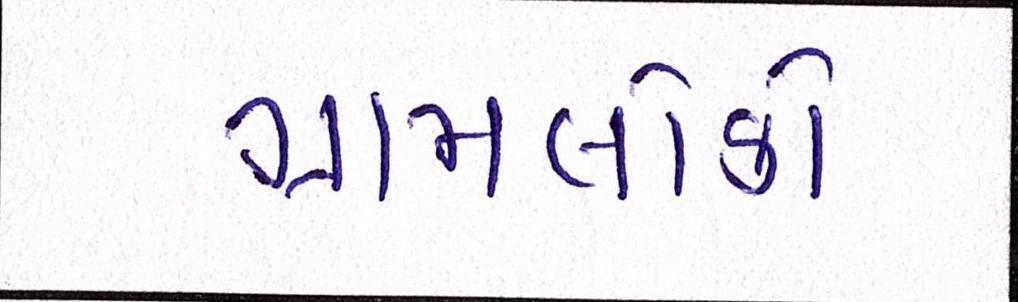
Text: ગ્રામલોકો